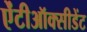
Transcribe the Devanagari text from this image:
ऐंटीऑक्सीडेंट